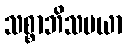
သစ္စာဘိသမယာ